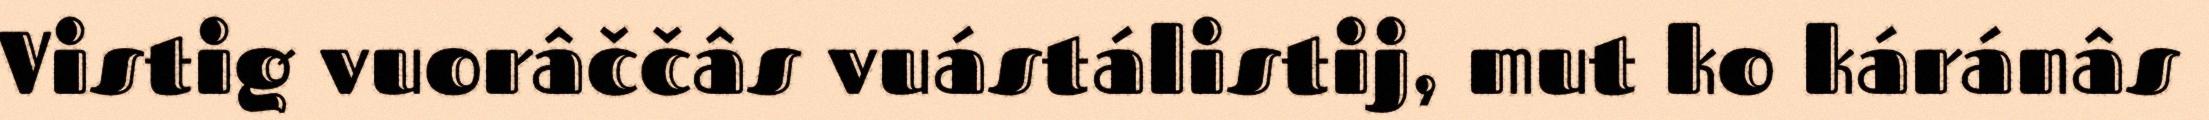
Vistig vuorâččâs vuástálistij, mut ko káránâs